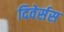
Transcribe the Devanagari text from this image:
दिवेर्सस